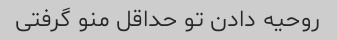
روحیه دادن تو حداقل منو گرفتی